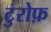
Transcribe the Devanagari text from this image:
टुरोफ़